Source: Computer-generated
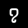
Digit: ၇ (7)